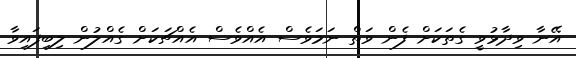
އޭނާ ވިދާޅުވީ ގެތަކަށް ފެން ވަތް ނަމަވެސް އެއްވެސް އެއްޗަކަށް ގެއްލުން ލިބިފައިވާ